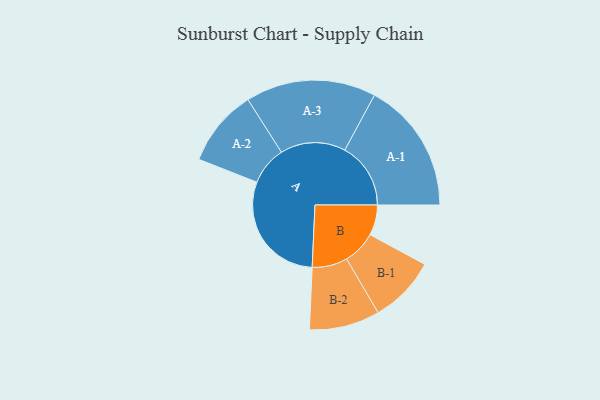
{"axis": {"x": "Segment", "y": "Value"}, "legend": ["", "A", "B"], "data": [{"x": "A", "y": 495, "type": ""}, {"x": "B", "y": 129, "type": ""}, {"x": "A-1", "y": 280, "type": "A"}, {"x": "A-2", "y": 164, "type": "A"}, {"x": "A-3", "y": 277, "type": "A"}, {"x": "B-1", "y": 142, "type": "B"}, {"x": "B-2", "y": 150, "type": "B"}]}